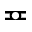
\eqcirc